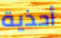
أحذية